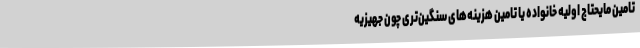
تامین مایحتاج اولیه خانواده یا تامین هزینه‌های سنگین‌تری چون جهیزیه